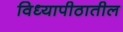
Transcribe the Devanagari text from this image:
विध्यापीठातील